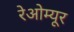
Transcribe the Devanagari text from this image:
रेओम्यूर